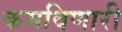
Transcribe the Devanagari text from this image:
कमविणारी